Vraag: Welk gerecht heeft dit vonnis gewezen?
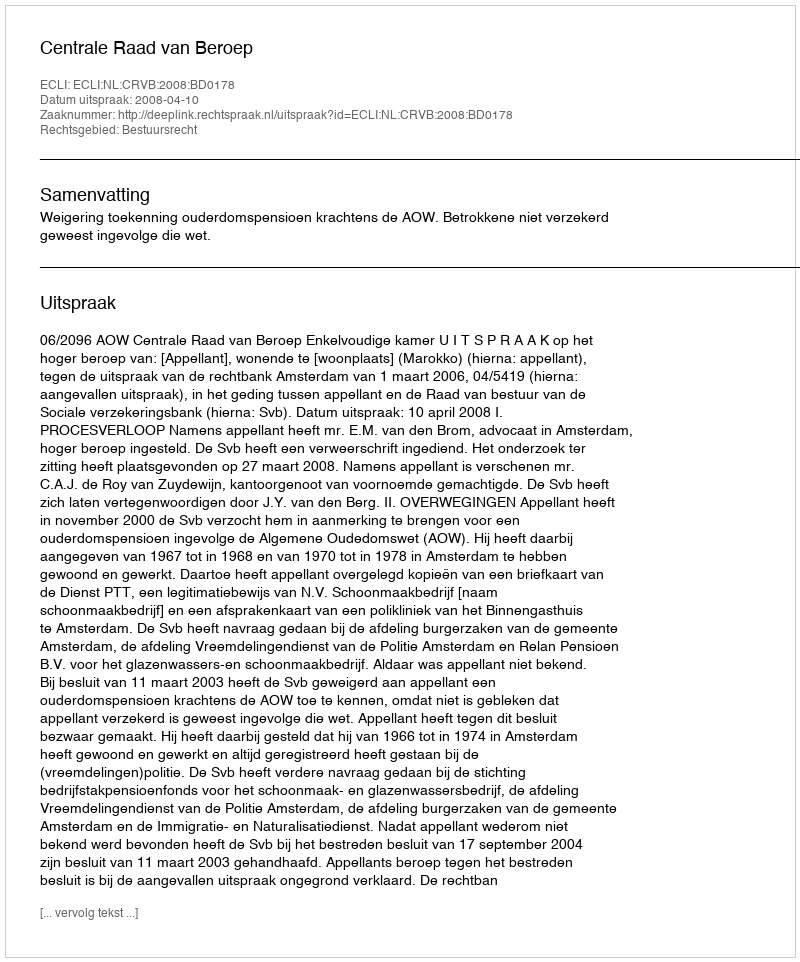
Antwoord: Centrale Raad van Beroep